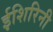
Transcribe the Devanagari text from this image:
ईशिरिनी